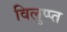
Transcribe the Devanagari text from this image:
विलुप्प्त